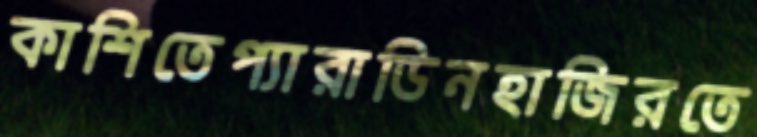
কাশিতেপ্যারাডিনহাজিরতে